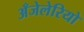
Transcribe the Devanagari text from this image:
अँजेलेरियो